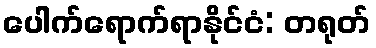
ပေါက်ရောက်ရာနိုင်ငံ: တရုတ်